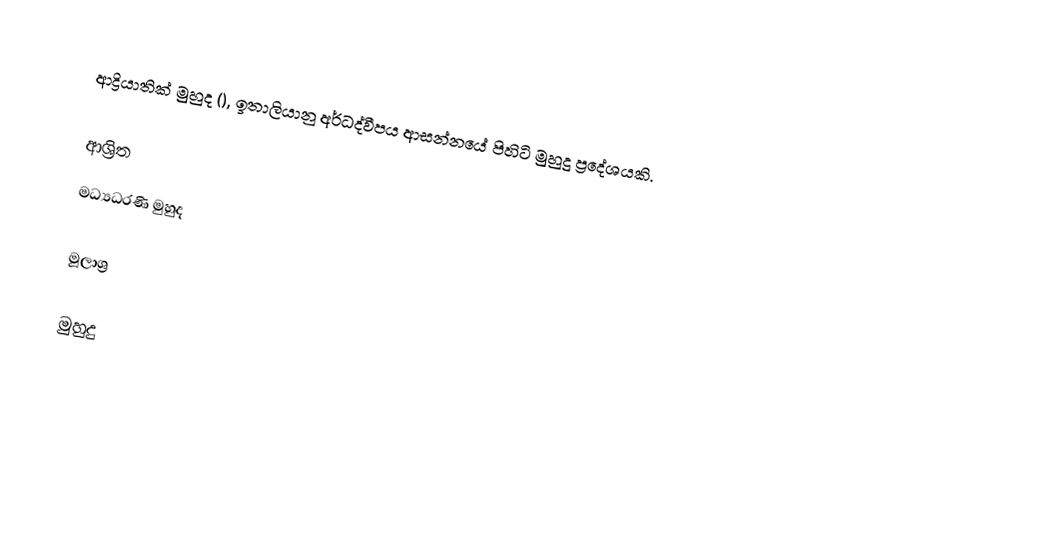
ආද්‍රියාතික්  මුහුද (), ඉතාලියානු අර්ධද්වීපය ආසන්නයේ පිහිටි මුහුදු ප්‍රදේශයකි.

ආශ්‍රිත
 මධ්‍යධරණි මුහුද

මූලාශ්‍ර

 මුහුදු